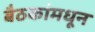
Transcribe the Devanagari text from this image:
बैठकांमधून